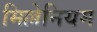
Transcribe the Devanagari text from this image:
मिल्लेनियम